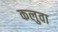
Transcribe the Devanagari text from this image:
कलुवा